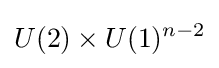
U(2)\times U(1)^{n-2}